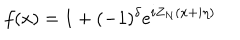
LaTeX: f ( x ) = 1 + ( - 1 ) ^ { \delta } e ^ { i Z _ { N } ( x + i \eta ) }